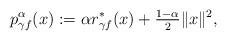
LaTeX: \begin{align*}p_{\gamma f}^{\alpha}(x):=\alpha r_{\gamma f}^*(x)+\tfrac{1-\alpha}{2}\|x\|^2,\end{align*}